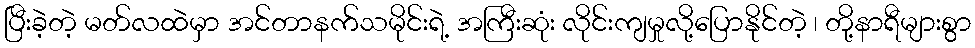
ပြီးခဲ့တဲ့ မတ်လထဲမှာ အင်တာနက်သမိုင်းရဲ့ အကြီးဆုံး လိုင်းကျမှုလို့ပြောနိုင်တဲ့ ၊ တို့နာရီများစွာ